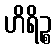
ဟိရိဉ္စ